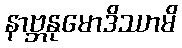
နာဗ္ဘနုမောဒိဿာမိ